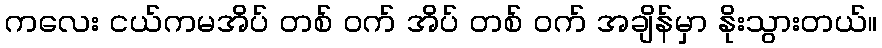
ကလေး ငယ်ကမအိပ် တစ် ဝက် အိပ် တစ် ဝက် အချိန်မှာ နိုးသွားတယ်။